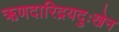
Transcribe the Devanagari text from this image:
ऋणदारिद्रयदुःखेन